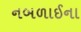
નબળાઈના